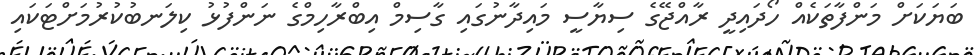
ބަޔަކަށް މަންފާތަކެއް ހޯދައިދީ ރާއްޖޭގެ ސިޔާސީ މައިދާނުގައި ގާސިމް އިބްރާހިމްގެ ނަންފުޅު ކިލަނބުކުރުމަށްޓަކައި